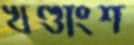
খণ্ডাংশ